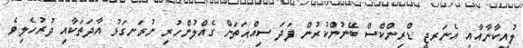
ލުއިކާނާއާއި އެނަރޖީ ޑްރިންކްސް ބޭނުންކުރުން ފަދަ ސިއްޙަތަށް ގެއްލުންހުރި ނުރަނގަޅު އާދަތަކާއި ދުރުހެލިވެ